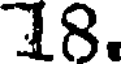
18.